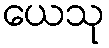
ယေသု